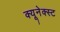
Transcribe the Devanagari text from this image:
क्यूनेक्स्ट